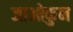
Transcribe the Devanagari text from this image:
जाओकुन